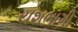
યશભાગી